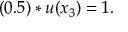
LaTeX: ( 0 . 5 ) * u ( x _ { 3 } ) = 1 .